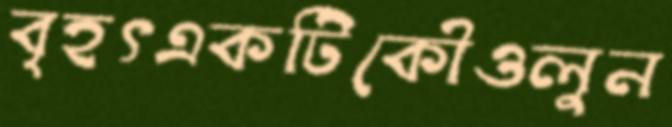
বৃহৎএকটিকৌওলুন